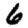
Digit: 6